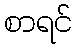
စာရင်